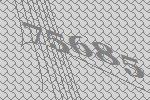
75685